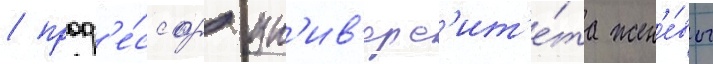
/ проф'е́ссор ун'ив'ерс'ит'е́та жен'е́вы